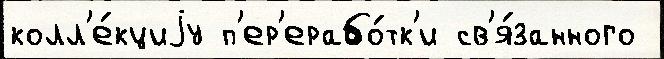
колл'е́кциjу п'ер'ерабо́тк'и св'я́занного